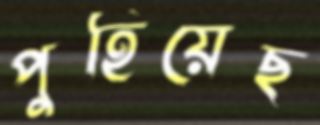
পুহিয়েছ